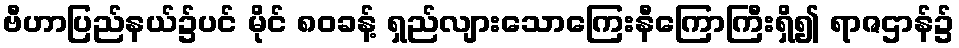
ဗီဟာပြည်နယ်၌ပင် မိုင် ၈၀ခန့် ရှည်လျားသောကြေးနီကြောကြီးရှိ၍ ရာဇဌာန်၌